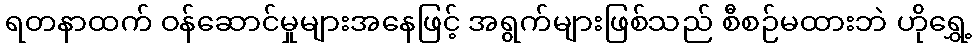
ရတနာထက် ဝန်ဆောင်မှုများအနေဖြင့် အရွက်များဖြစ်သည် စီစဉ်မထားဘဲ ဟိုရွှေ့